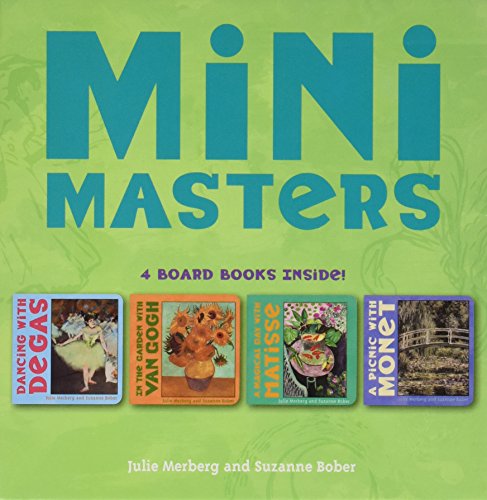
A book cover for Mini Masters Boxed Set; Julie Merberg; Children's Books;